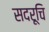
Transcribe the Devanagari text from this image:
सदरूचि